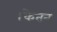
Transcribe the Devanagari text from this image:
।केतन